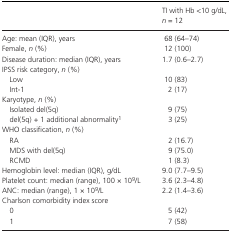
|  | TI with Hb <10 g/dL, n = 12 |
 | --- | --- |
 | Age: mean (IQR), years | 68 (64–74) |
 | Female, n (%) | 12 (100) |
 | Disease duration: median (IQR), years | 1.7 (0.6–2.7) |
 | <COLSPAN=2> IPSS risk category, n (%) |
 | Low | 10 (83) |
 | Int‐1 | 2 (17) |
 | <COLSPAN=2> Karyotype, n (%) |
 | Isolated del(5q) | 9 (75) |
 | del(5q) + 1 additional abnormalitya | 3 (25) |
 | <COLSPAN=2> WHO classification, n (%) |
 | RA | 2 (16.7) |
 | MDS with del(5q) | 9 (75.0) |
 | RCMD | 1 (8.3) |
 | Hemoglobin level: median (IQR), g/dL | 9.0 (7.7–9.5) |
 | Platelet count: median (range), 100 × 109/L | 3.6 (2.3–4.8) |
 | ANC: median (range), 1 × 109/L | 2.2 (1.4–3.6) |
 | <COLSPAN=2> Charlson comorbidity index score |
 | 0 | 5 (42) |
 | 1 | 7 (58) |